Kuressaare_kinnistusamet, lk 10
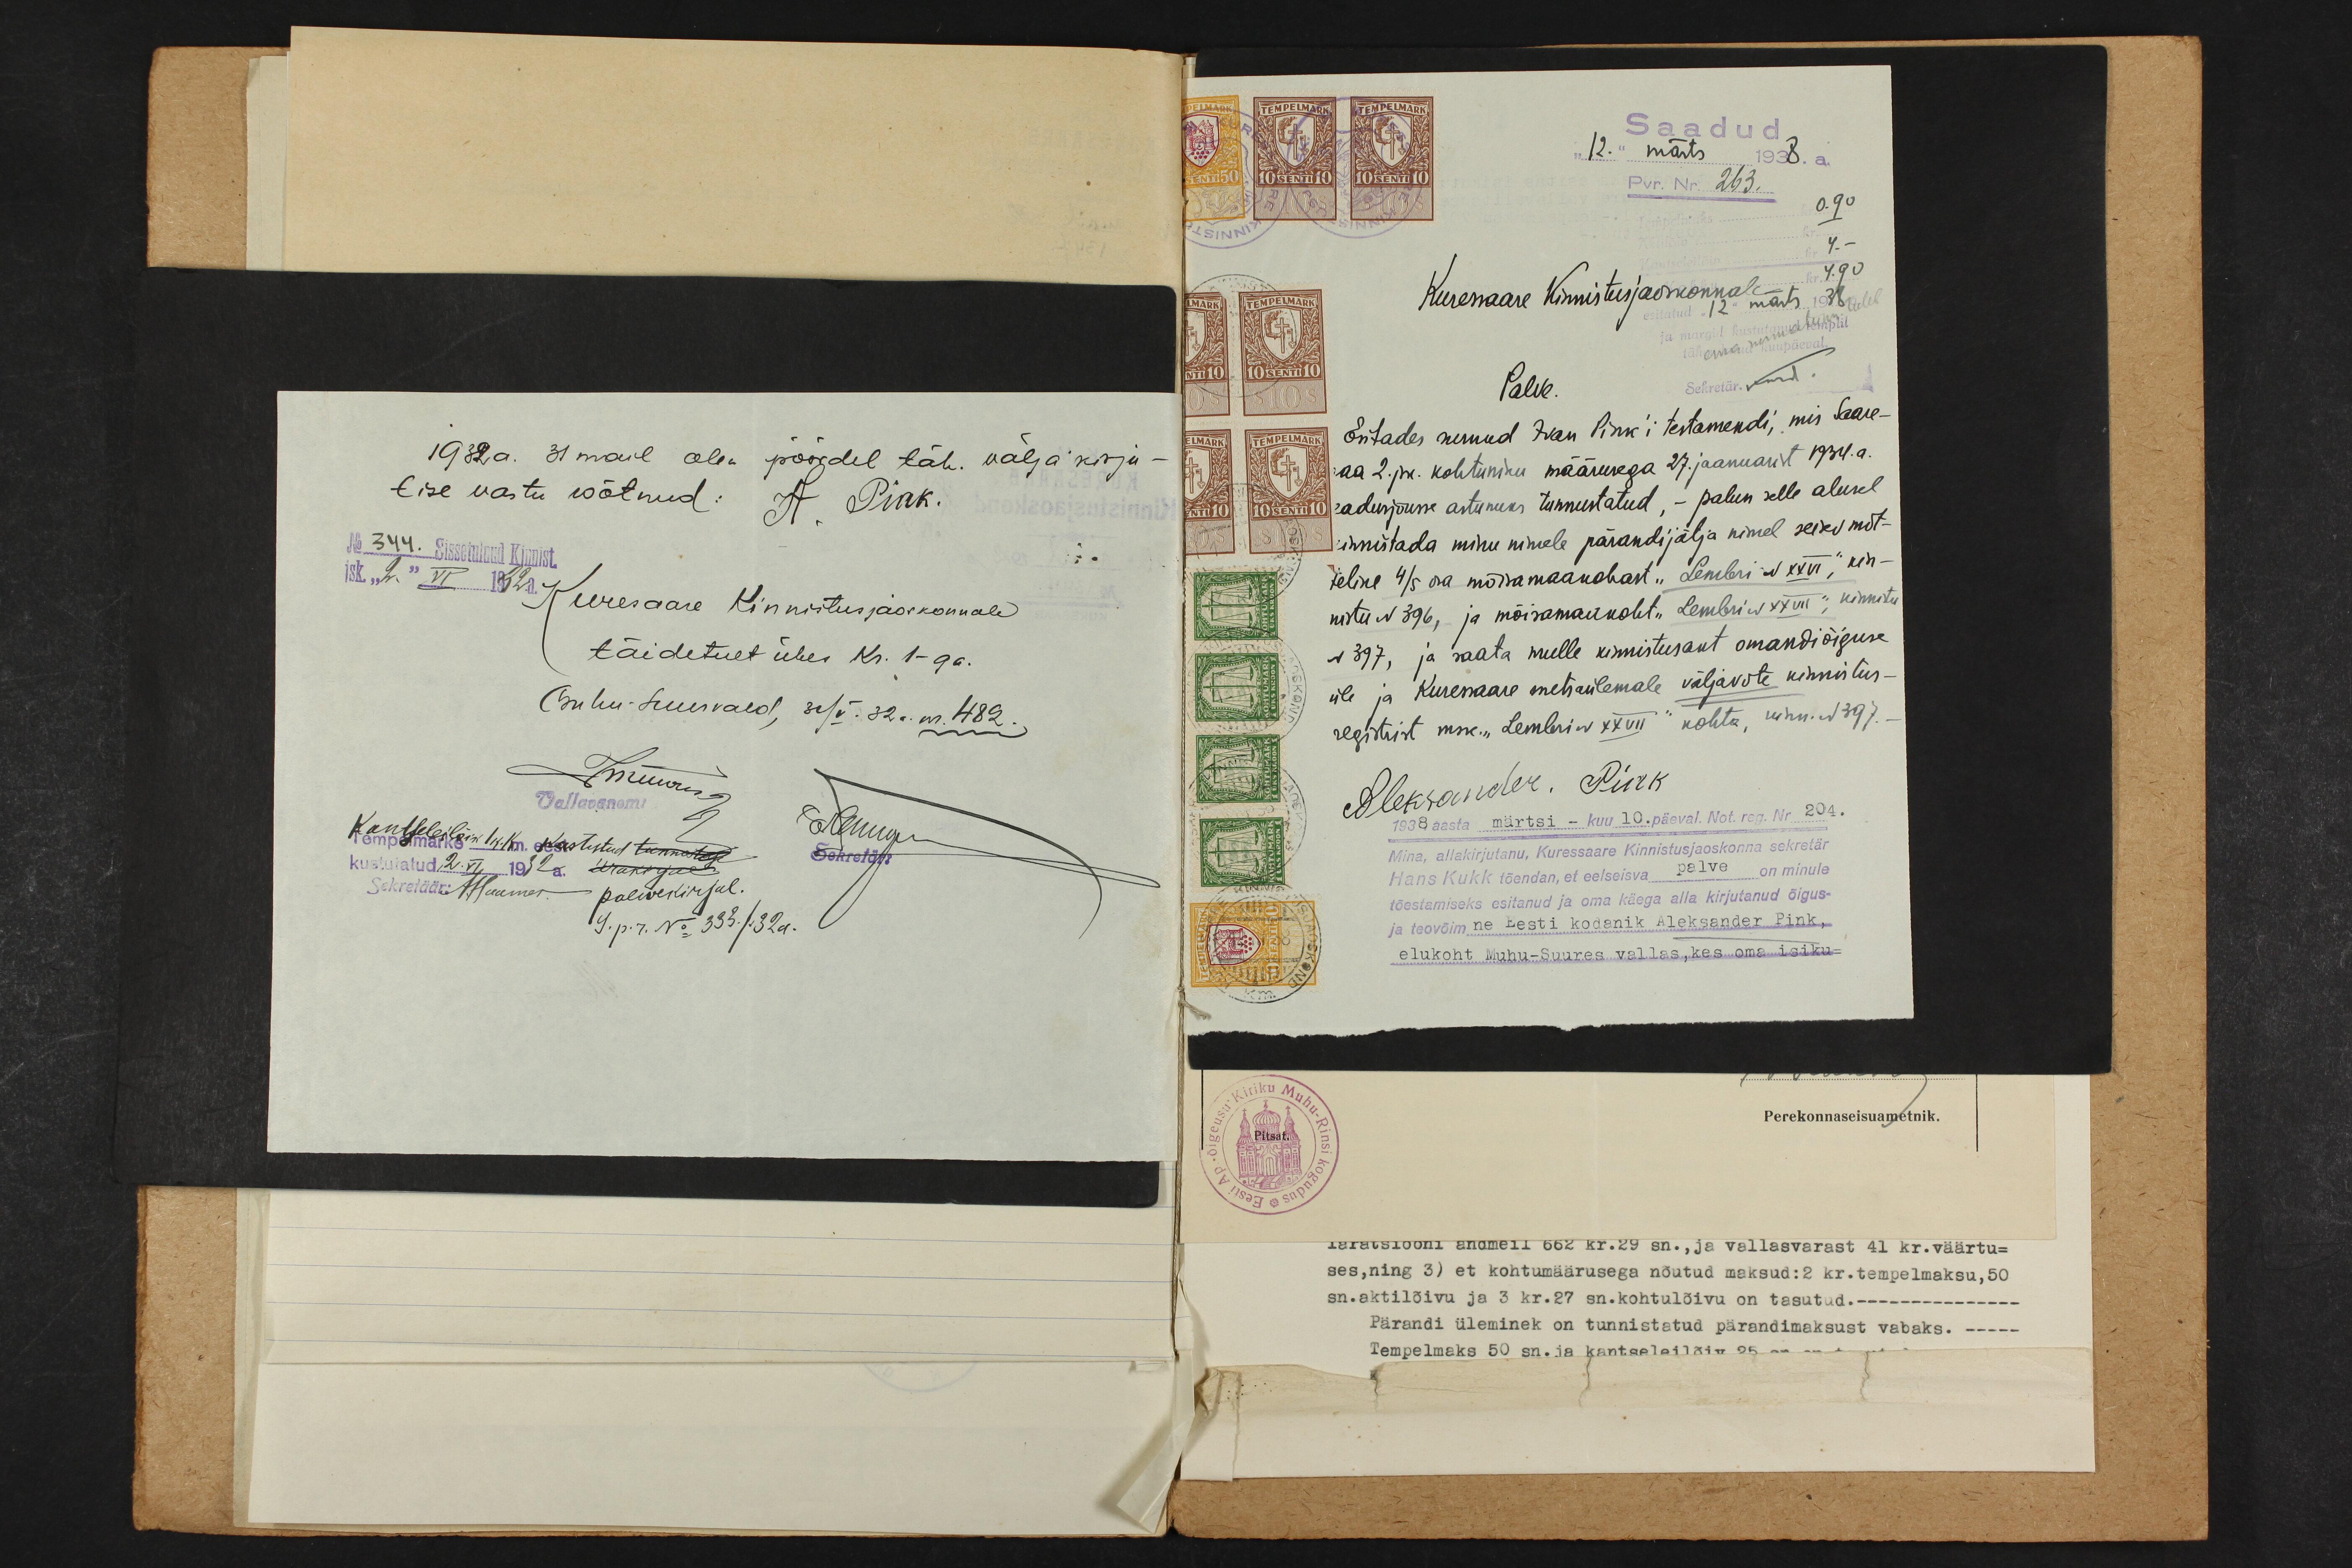
1932 a. 31 mail olen pöördel täh. väljakirju-
tise vastu wõtnud: A. Pink.
No 344. Sissetulnud Kinnist.
isk. "2." VI 1932. a.
Kuresaare Kinnistusjaoskonnale
täidetult ühes Kr. 1-ga.
(Muhu-Suur vald, 31/V. 32a. nr. 482.
Muuris
Vallavanem
Kantseleilõiw 1 k.k. wastustud tunnistega
kustutatud 2. VI. 1932a. trakirjale
Sekretär
Sekretäär: A.Haamer Palwekirjal.
9. p. r. No 333. /32 a.

Saadud
12. märts. 1938. a.
Pvr. Nr. 263.
0.90
4 -
4.90
Kuressaare Kinnistusjaoskonnale
esitatud "12" mäts 1938 a.
ja margil kustutanud templil
tähendatud kuupäeval
Sekretär. nud.
Palve
Esitades surnud Ivan Pink'i testamendi, mis Saare-
aa 2. jsk. kohtuniku määrusega 27. jaanuarist 1934.a.
seadusjõusse astunuks tunnustatud, - palun selle alusel
innistada minu nimele pärandijätja nimel seisev mõt-
teline 4/5 osa mõisamaakohast "Lembri N XXVI", kin-
nistu N 396, ja mõisamaakoht "Lembri XXVII", kinnistu
N 397, ja saata mulle kinnistusakt omandiõiguse
üle ja Kuresaare metsaülemale väljavõte kinnistus-
registrist msk. "Lembri N XXVII" kohta, kinn. N 397.-
Aleksander. Pink
1938 aasta märtsi - kuu 10. päeval. Not. reg. Nr. 204.
Mina, allakirjutanu, Kuresaare Kinnistusjaoskonna sekretär-
Hans Kukk tõendan, et eelseisva palve on minule
tõestamiseks esitanud ja oma käega alla kirjutanud õigus-
ja teovõimne Eesti kodanik Aleksander Pink,
elukoht Muhu-Suures vallas, kes oma isiku-

Perekonnaseisuametnik.

sn., ja vallasvarast 41 kr. väärtu-
ses, ning 3) et kohtumäärusega nõutud maksud: 2 kr. tempelmaksu. 50
sn. aktilõivu ja 3 kr. 27 sn. kohtulõlvu on tasutud.
Pärandi üleminek on tunnistatud pärandimaksust vabaks.
Tempelmaks 50 sn.ja